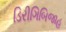
ડિરીગિબિજાહ